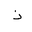
Letter: _thal